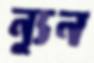
ন্যূন